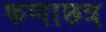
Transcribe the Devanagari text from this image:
फणाछत्र